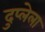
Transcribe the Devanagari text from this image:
दुप्लेला